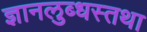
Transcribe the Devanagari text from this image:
ज्ञानलुब्धस्तथा